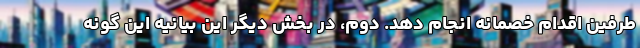
طرفین اقدام خصمانه انجام دهد. دوم، در بخش دیگر این بیانیه این گونه